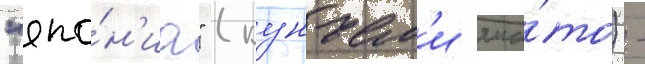
"япо́н'иа" (кунъем'и яма́то) -